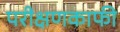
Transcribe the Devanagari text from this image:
परीक्षणकाफी